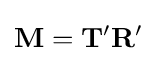
\mathbf {M} =\mathbf {T^{\prime }R^{\prime }}